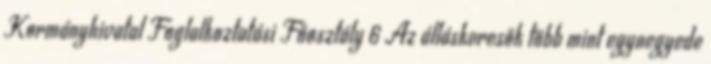
Kormányhivatal Foglalkoztatási Főosztály 6 Az álláskeresők több mint egynegyede